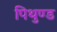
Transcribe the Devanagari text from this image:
पिथुण्ड